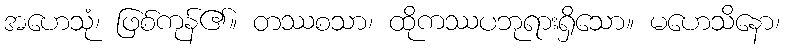
အဟေသုံ၊ ဖြစ်ကုန်၏။ တဿစသာ၊ ထိုကဿပဘုရားရှိသော။ မဟေသိနော၊